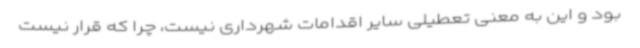
بود و این به معنی تعطیلی سایر اقدامات شهرداری نیست، چرا که قرار نیست